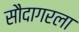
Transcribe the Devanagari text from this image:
सौदागरला